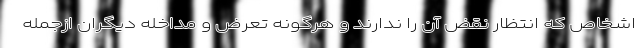
اشخاص که انتظار نقض آن را ندارند و هرگونه تعرض و مداخله دیگران ازجمله